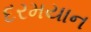
દરમયાન